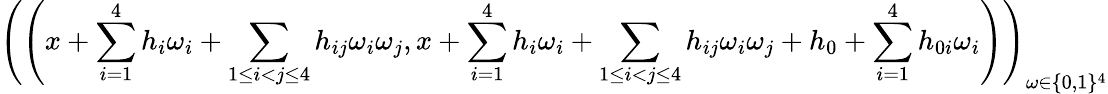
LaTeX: \left(\left(x+\sum_{i=1}^{4}h_{i}\omega_{i}+\sum_{1\leq i<j\leq 4}h_{ij}\omega_{i}\omega_{j},x+\sum_{i=1}^{4}h_{i}\omega_{i}+\sum_{1\leq i<j\leq 4}h_{ij}\omega_{i}\omega_{j}+h_{0}+\sum_{i=1}^{4}h_{0i}\omega_{i}\right)\right)_{\omega\in\{ 0,1\} ^{4}}